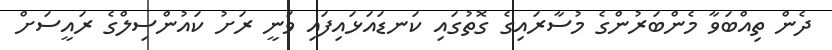
ދެން ތިއްބަވާ މެންބަރުންގެ މުސާރައިގެ ގޮތުގައި ކަނޑައަޅައިފައި ވަނީ ރަށު ކައުންސިލްގެ ރައީސަށް